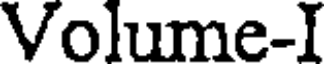
Volume-I